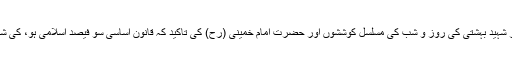
یہ مجلس بہت سارے اسلام شناس، فقہاء اور شہید بہشتی کی روز و شب کی مسلسل کوششوں اور حضرت امام خمینی (رح) کی تاکید کہ قانون اساسی سو فیصد اسلامی ہو، کی شمولیت سے قانون اساسی کی تدوین کرسکی۔